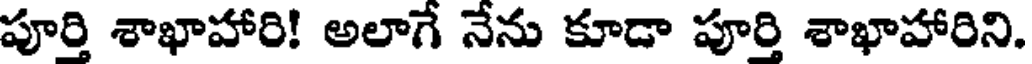
పూర్తి శాఖాహారి! అలాగే నేను కూడా పూర్తి శాఖాహారిని.